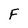
Character: F